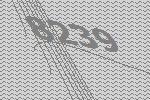
8239